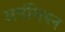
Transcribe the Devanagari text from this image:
असंसियन